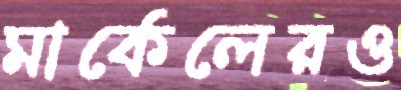
মার্কেলেরও